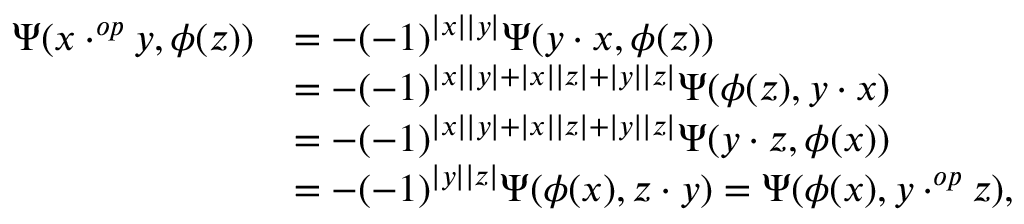
\begin{array} { r l } { \Psi ( x \cdot ^ { o p } y , \phi ( z ) ) } & { = - ( - 1 ) ^ { | x | | y | } \Psi ( y \cdot x , \phi ( z ) ) } \\ & { = - ( - 1 ) ^ { | x | | y | + | x | | z | + | y | | z | } \Psi ( \phi ( z ) , y \cdot x ) } \\ & { = - ( - 1 ) ^ { | x | | y | + | x | | z | + | y | | z | } \Psi ( y \cdot z , \phi ( x ) ) } \\ & { = - ( - 1 ) ^ { | y | | z | } \Psi ( \phi ( x ) , z \cdot y ) = \Psi ( \phi ( x ) , y \cdot ^ { o p } z ) , } \end{array}